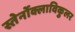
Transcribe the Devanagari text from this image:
स्तेर्नोक्लाविकुलर